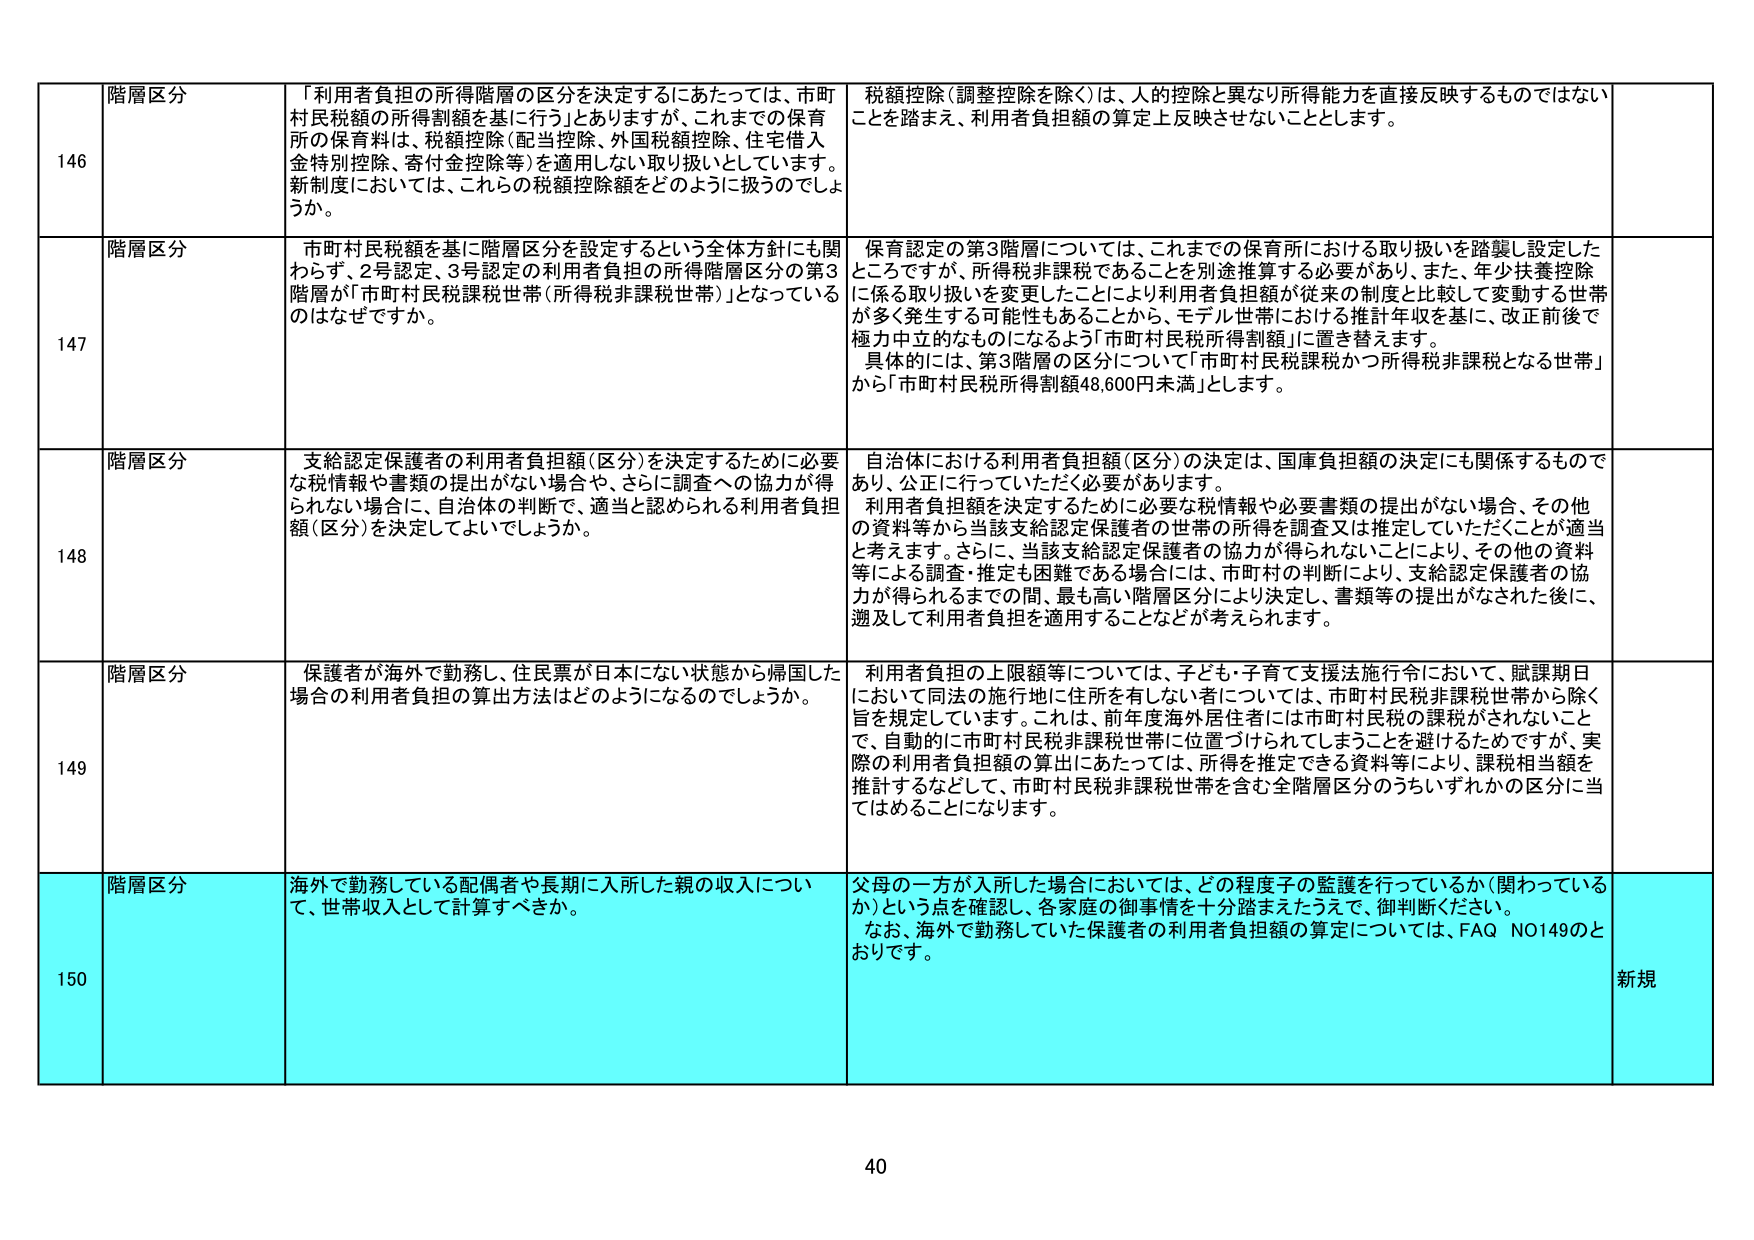
146 階層区分 「利用者負担の所得階層の区分を決定するにあたっては、市町村民税額の所得割額を基に行う」とありますが、これまでの保育所の保育料は、税額控除（配当控除、外国税額控除、住宅借入金特例控除、寄付金控除等）を適用しない取り扱いとしています。新制度においては、これらの税額控除額をどのように扱うのでしょうか。 税額控除（調整控除を除く）は、人的控除と異なり所得能力を直接反映するものではないことを踏まえ、利用者負担額の算定上反映させないこととします。

147 階層区分 市町村民税額を基に階層区分を設定するという全体方針にも関わらず、2号認定、3号認定の利用者負担の所得階層区分の第3階層が「市町村民税課税世帯（所得税非課税世帯）」となっているのはなぜですか。 保育認定の第3階層については、これまでの保育所における取り扱いを踏襲し設定したところですが、所得税非課税であることを別途推算する必要があり、また、年少扶養控除に係る取り扱いを変更したことにより利用者負担額が従来の制度と比較して変動する世帯が多く発生する可能性もあることから、モデル世帯における推計年収を基に、改正前後で極力中立的なものになるよう「市町村民税所得割額」に置き替えます。 具体的には、第3階層の区分について「市町村民税課税かつ所得税非課税となる世帯」から「市町村民税所得割額48,600円未満」とします。

148 階層区分 支給認定保護者の利用者負担額（区分）を決定するために必要な税情報や書類の提出がない場合や、さらに調査への協力が得られない場合に、自治体の判断で、適当と認められる利用者負担額（区分）を決定してよいでしょうか。 自治体における利用者負担額（区分）の決定は、国庫負担額の決定にも関係するものであり、公正に行っていただく必要があります。 利用者負担額を決定するために必要な税情報や必要書類の提出がない場合、その他 の資料等から当該支給認定保護者の世帯の所得を調査又は推定していただくことが適当と考えます。さらに、当該支給認定保護者の協力が得られないことにより、その他の資料等による調査・推定も困難である場合には、市町村の判断により、支給認定保護者の協力が得られるまでの間、最も高い階層区分により決定し、書類等の提出がなされた後に、遡及して利用者負担を適用することなどが考えられます。

149 階層区分 保護者が海外で勤務し、住民票が日本にない状態から帰国した場合の利用者負担の算出方法はどのようになるのでしょうか。 利用者負担の上限額等については、子ども・子育て支援法施行令において、賦課期日において同法の施行地に住所を有しない者については、市町村民税非課税世帯から除く旨を規定しています。これは、前年度海外居住者には市町村民税の課税がされないこと で、自動的に市町村民税非課税世帯に位置づけられてしまうことを避けるためですが、実際の利用者負担額の算出にあたっては、所得を推定できる資料等により、課税相当額を推計するなどして、市町村民税非課税世帯を含む全階層区分のうちいずれかの区分に当てはめることになります。

150 階層区分 海外で勤務している配偶者や長期に入所した親の収入について、世帯収入として計算すべきか。 父母の一方が入所した場合においては、どの程度子の監護を行っているか（関わっているか）という点を確認し、各家庭の御事情を十分踏まえたうえで、御判断ください。 なお、海外で勤務していた保護者の利用者負担額の算定については、FAQ NO149のとおりです。 新規

40